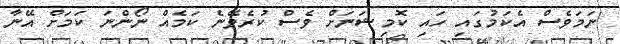
ނަމަވެސް އެކަމުގައި ހައި ކޮމިޝަނަށް ވެސް ކުރެވޭނެ ކަމެއް ނޯންނަ ކަމަށް އޭނާ